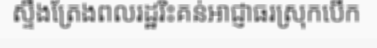
ស្ទឹងត្រែងពលរដ្ឋរិះគន់អាជ្ញាធរស្រុកបើក